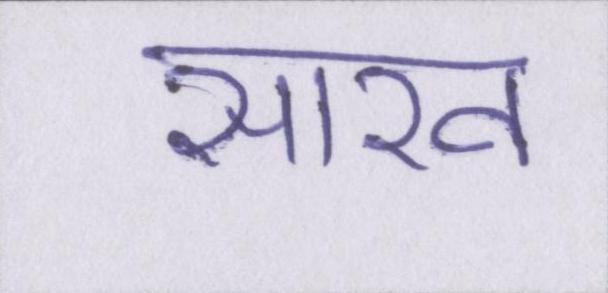
साख